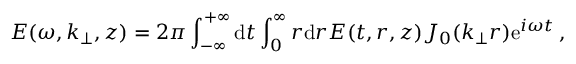
E ( \omega , k _ { \perp } , z ) = 2 \pi \int _ { - \infty } ^ { + \infty } \mathrm { d } t \int _ { 0 } ^ { \infty } r \mathrm { d } r E ( t , r , z ) J _ { 0 } ( k _ { \perp } r ) \mathrm { e } ^ { i \omega t } \, ,